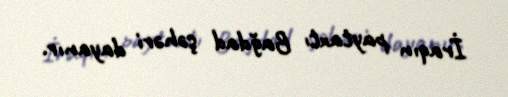
İraqın paytaxtı Bağdad şəhəri dayanır.